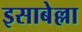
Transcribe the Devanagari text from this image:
इसाबेल्ला